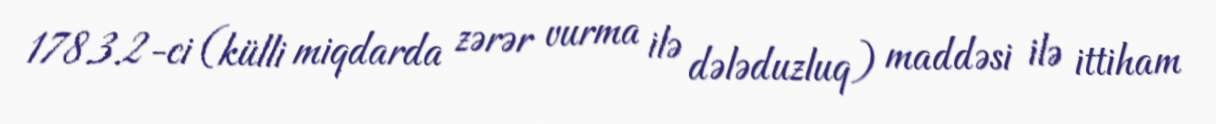
178.3.2-ci (külli miqdarda zərər vurma ilə dələduzluq) maddəsi ilə ittiham